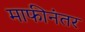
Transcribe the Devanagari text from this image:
माफीनंतर